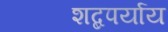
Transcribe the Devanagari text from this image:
शब्दपर्याय